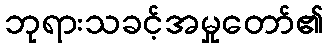
ဘုရားသခင့်အမှုတော်၏